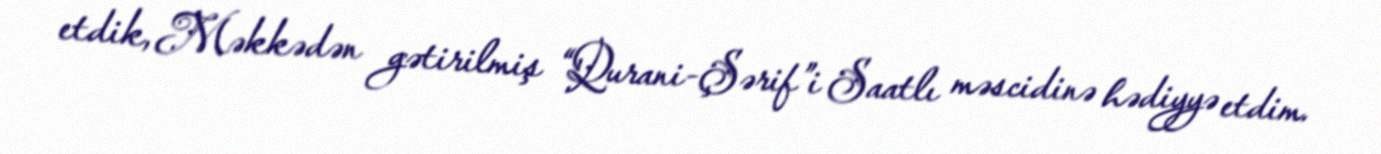
etdik, Məkkədən gətirilmiş “Qurani-Şərif”i Saatlı məscidinə hədiyyə etdim.